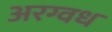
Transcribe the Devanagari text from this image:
अरग्वध